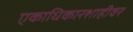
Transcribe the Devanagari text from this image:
एकाधिकारशाहीवर